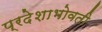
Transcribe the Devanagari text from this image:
प्रदेशाभोवती